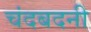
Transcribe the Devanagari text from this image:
चंदबदनी